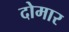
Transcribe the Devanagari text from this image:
दोमार